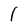
Character: l